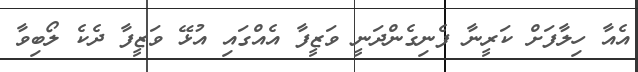
އެއާ ހިލާފަށް ކަރީނާ ފެނިގެންދަނީ ވަޒީފާ އެއްގައި އުޅޭ ވަޒީފާ ދެކެ ލޯބިވާ